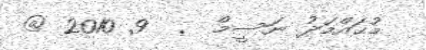
މުޙައްމަދު ނަސީމް